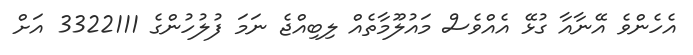
އެހެންވެ އޭނާއާ ގުޅޭ އެއްވެސް މައުލޫމާތެއް ލިބިއްޖެ ނަމަ ފުލުހުންގެ 3322111 އަށް